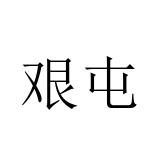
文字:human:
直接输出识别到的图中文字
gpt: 艰屯